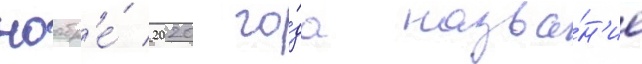
ноабр'е́ 2020 го́да назва́н'ие